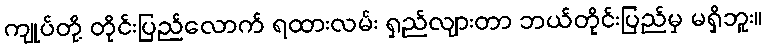
ကျုပ်တို့ တိုင်းပြည်လောက် ရထားလမ်း ရှည်လျားတာ ဘယ်တိုင်းပြည်မှ မရှိဘူး။